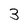
Character: 3